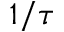
1 / \tau